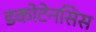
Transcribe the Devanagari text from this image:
डकोटेनसिस